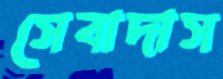
সেবাদাস